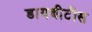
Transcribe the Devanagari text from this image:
डायबीटीस